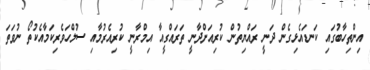
އިންތިހާބުގައި ކަނޑައެޅިގެން ދަނީ ރައްޔިތުން ކުރިއަށްދާނީ ތަރައްގީއާ އިމްރާނީ ކުރިއެރުމާއި ސުލްހަވެރިކަމާއެކުތޯ ނުވަތަ